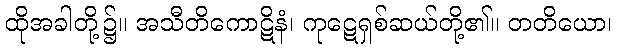
ထိုအခါတို့၌။ အသီတိကောဋိနံ၊ ကုဋေရှစ်ဆယ်တို့၏။ တတိယော၊